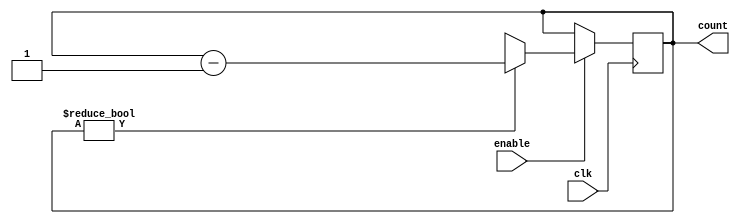
module BCD_Down_Counter (
    input wire clk,
    input wire enable,
    output reg [3:0] count
);

reg [3:0] preset;

always @ (posedge clk) begin
    if (enable) begin
        if (count != 4'b0000) begin
            count <= count - 1;
        end else begin
            count <= preset;
        end
    end
end

endmodule